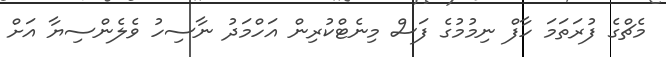
މެޗްގެ ފުރަތަމަ ހާފް ނިމުމުގެ ފަސް މިނެޓްކުރިން އަހްމަދު ނާސިހު ވެލެންސިޔާ އަށް